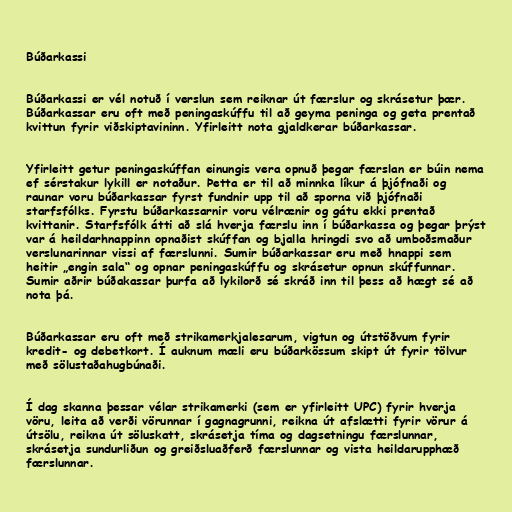
Búðarkassi

Búðarkassi er vél notuð í verslun sem reiknar út færslur og skrásetur þær.
Búðarkassar eru oft með peningaskúffu til að geyma peninga og geta prentað
kvittun fyrir viðskiptavininn. Yfirleitt nota gjaldkerar búðarkassar.

Yfirleitt getur peningaskúffan einungis vera opnuð þegar færslan er búin nema
ef sérstakur lykill er notaður. Þetta er til að minnka líkur á þjófnaði og
raunar voru búðarkassar fyrst fundnir upp til að sporna við þjófnaði
starfsfólks. Fyrstu búðarkassarnir voru vélrænir og gátu ekki prentað
kvittanir. Starfsfólk átti að slá hverja færslu inn í búðarkassa og þegar þrýst
var á heildarhnappinn opnaðist skúffan og bjalla hringdi svo að umboðsmaður
verslunarinnar vissi af færslunni. Sumir búðarkassar eru með hnappi sem
heitir „engin sala“ og opnar peningaskúffu og skrásetur opnun skúffunnar.
Sumir aðrir búðakassar þurfa að lykilorð sé skráð inn til þess að hægt sé að
nota þá.

Búðarkassar eru oft með strikamerkjalesarum, vigtun og útstöðvum fyrir
kredit- og debetkort. Í auknum mæli eru búðarkössum skipt út fyrir tölvur
með sölustaðahugbúnaði.

Í dag skanna þessar vélar strikamerki (sem er yfirleitt UPC) fyrir hverja
vöru, leita að verði vörunnar í gagnagrunni, reikna út afslætti fyrir vörur á
útsölu, reikna út söluskatt, skrásetja tíma og dagsetningu færslunnar,
skrásetja sundurliðun og greiðsluaðferð færslunnar og vista heildarupphæð
færslunnar.